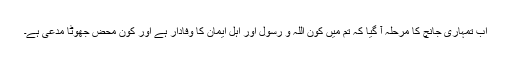
اب تمہاری جانچ کا مرحلہ آ گیا کہ تم میں کون اللہ و رسول اور اہل ایمان کا وفادار ہے اور کون محض جھوٹا مدعی ہے۔